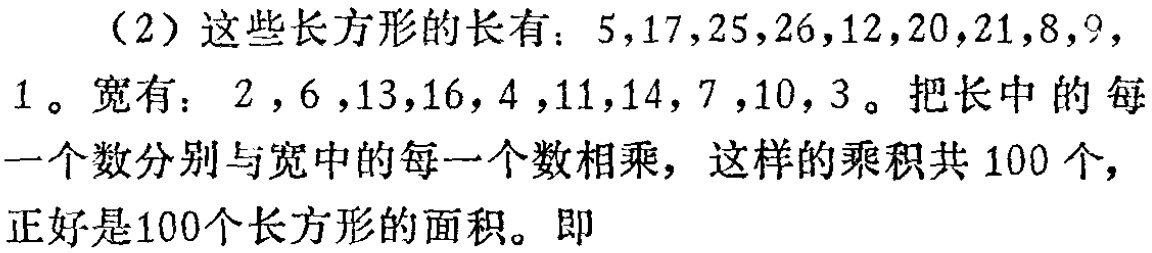
（2）这些长方形的长有：$5,17,25,26,12,20,21,8,9,1$。宽有：$2,6,13,16,4,11,14,7,10,3$。把长中的每一个数分别与宽中的每一个数相乘，这样的乘积共$100$个，正好是$100$个长方形的面积。即